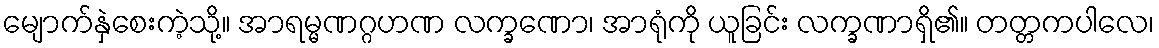
မျောက်နှဲစေးကဲ့သို့။ အာရမ္မဏဂ္ဂဟဏ လက္ခဏော၊ အာရုံကို ယူခြင်း လက္ခဏာရှိ၏။ တတ္တကပါလေ၊